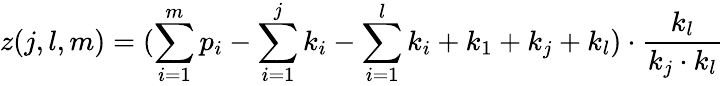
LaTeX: z(j,l,m)=(\sum_{i=1}^{m}p_{i}-\sum_{i=1}^{j}k_{i}-\sum_{i=1}^{l}k_{i}+k_{1}+k_{j}+k_{l})\cdot\frac{k_{l}}{k_{j}\cdot k_{l}}